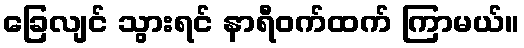
ခြေလျင် သွားရင် နာရီဝက်ထက် ကြာမယ်။